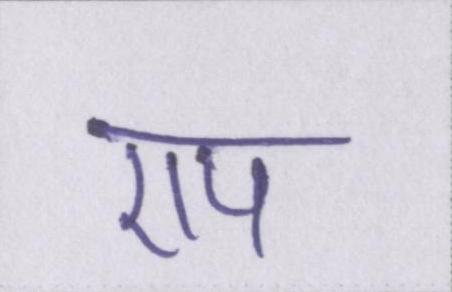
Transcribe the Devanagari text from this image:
एप